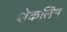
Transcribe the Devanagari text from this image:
शेकलिम